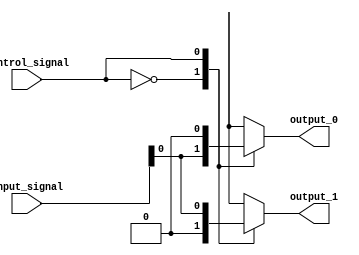
module demultiplexer(
    input wire [1:0] input_signal,
    input wire control_signal,
    output reg output_0,
    output reg output_1
);

always @(input_signal, control_signal)
begin
    case(control_signal)
        2'b00: begin
            output_0 = input_signal[0];
            output_1 = 1'b0;
        end
        2'b01: begin
            output_0 = 1'b0;
            output_1 = input_signal[0];
        end
        2'b10: begin
            output_0 = input_signal[1];
            output_1 = 1'b0;
        end
        2'b11: begin
            output_0 = 1'b0;
            output_1 = input_signal[1];
        end
    endcase
end

endmodule